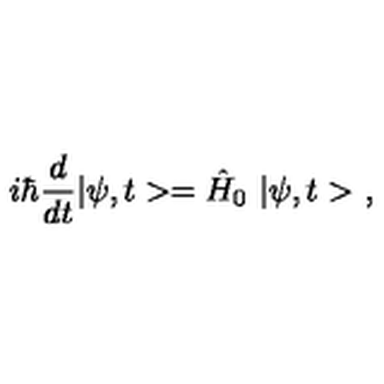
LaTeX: i \hbar \frac { d } { d t } | \psi , t > = \hat { H } _ { 0 } \ | \psi , t > \ ,